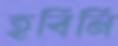
হবিনি